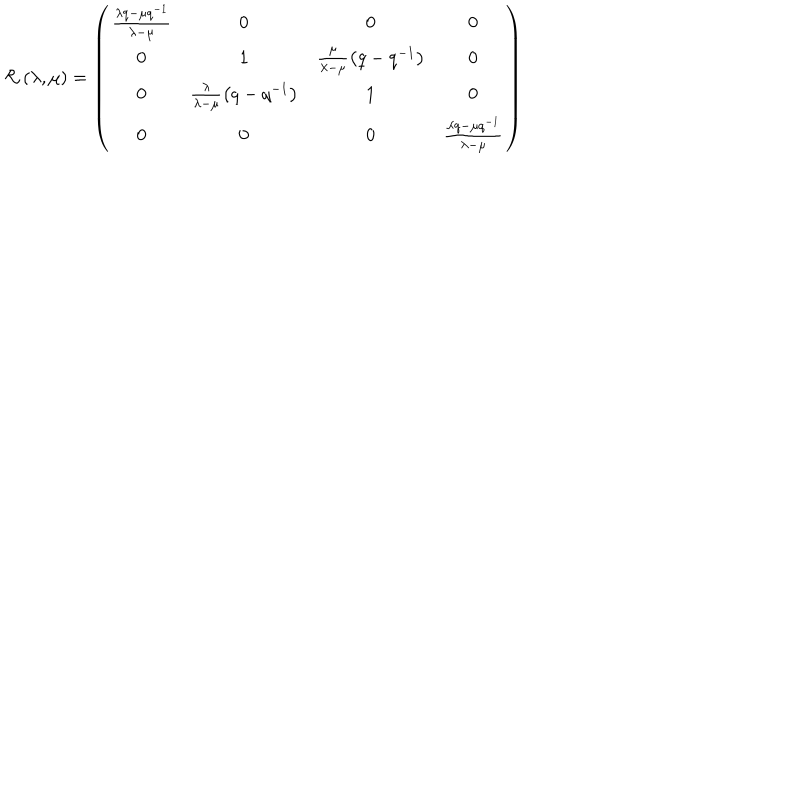
{ \cal R } \left( \lambda , \mu \right) = \left( \begin{array} { c c c c } { { \frac { \lambda q - \mu q ^ { - 1 } } { \lambda - \mu } } } & { { 0 } } & { { 0 } } & { { 0 } } \\ { { 0 } } & { { 1 } } & { { \frac \mu { \lambda - \mu } \left( q - q ^ { - 1 } \right) } } & { { 0 } } \\ { { 0 } } & { { \frac \lambda { \lambda - \mu } \left( q - q ^ { - 1 } \right) } } & { { 1 } } & { { 0 } } \\ { { 0 } } & { { 0 } } & { { 0 } } & { { \frac { \lambda q - \mu q ^ { - 1 } } { \lambda - \mu } } } \\ \end{array} \right)